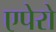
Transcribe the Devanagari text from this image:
एपेरो